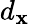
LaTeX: d_{\mathbf{x}}